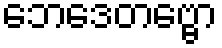
ဘေဒေတဗ္ဗော